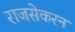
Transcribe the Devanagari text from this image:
राजसेकरन